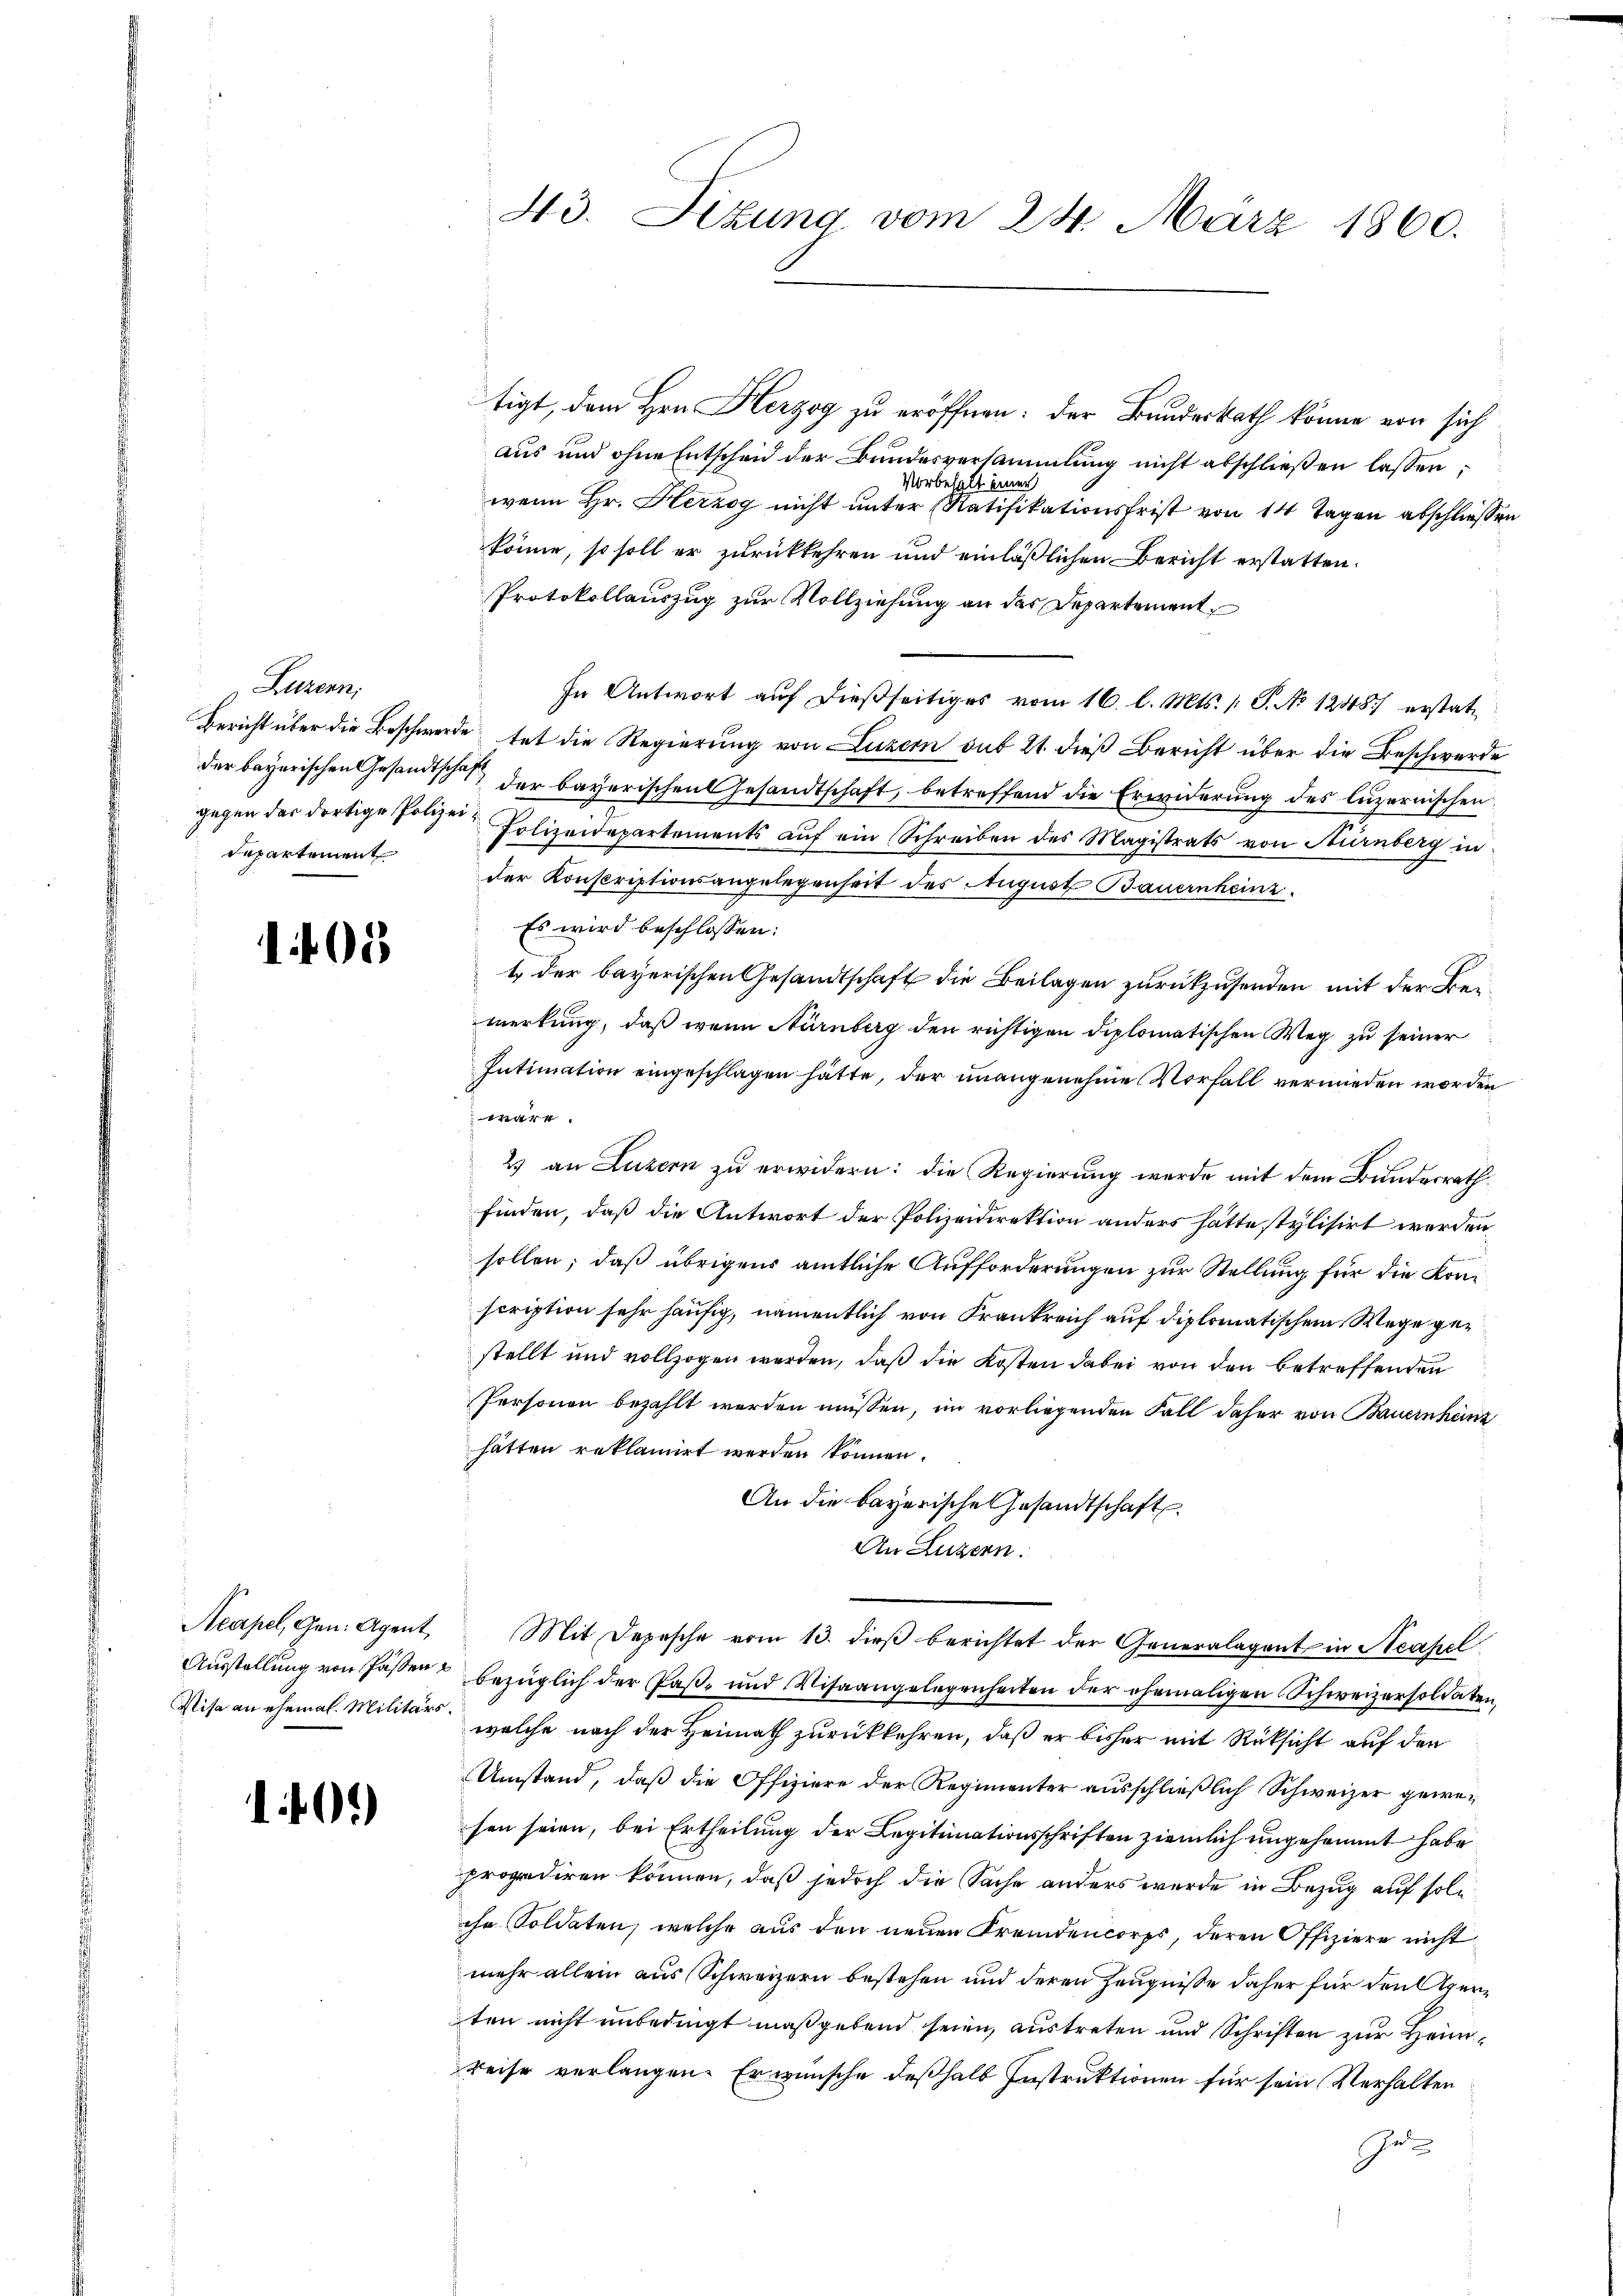
Luzern,
departement

1405

Acapel, Gen. Agent,
Ausstellung von Passen.
Visa an ehemal. Militärs

140.)

tigt, dem Hrn. Herzog zu eröffnen: der Bundesrath könne von sich
aus und ohne Entscheid der Bundesversammlung nicht abschließen lassen:
Vorbehalt einer
wenn Hr. Herzog nicht unter Ratifikationsfrist von 14 Tagen abschliessen
könne, so soll er zurückkehren und einläßlichen Bericht erstatten.
Protokollauszug zur Vollziehung an des Departement
In Antwort auf dießseitiges vom 16. l. Mts. 1 P. No 12487 erstat¬
Bericht über die Beschwerde tat die Regierung von Luzern gut 21. dieß Bericht über die Beschwerde
der bayerischen Gesandtschaft der bayerischen Gesandtschaft, betreffend die Erwiderung des luzernischen
gegen das dortige Jonen Polizeidepartements auf ein Schreiben des Magistrats von Nürnberg in
der Konscriptionsangelegenheit des August Bauernheinz
Es wird beschlossen:
1 der bayerischen Gesandtschaft die Beilagen zurückzusenden mit der Beimerkung, daß wenn Nürnberg den richtigen diplomatischen Weg zu seiner
Intimation eingeschlagen hätte, der unangenehme Vorfall vermieden worden
wäre.
2) an Luzern zu erwidern: die Regierung werde mit dem Bundesrath
finden, daß die Antwort der Polizeidirektion anders hätte stylisirt werden,
sollen; daß übrigens amtliche Aufforderungen zur Stellung für die Konscription sehr häufig, namentlich von Frankreich auf diplomatischem Wege gestellt und vollzogen werden, daß die Kosten dabei von den betreffenden
Personen bezahlt werden müssen, im vorliegenden Fall daher von Bauernhänz
hätten reklamirt werden können.
An die bayerische Gesandtschaft
An Luzern.
Mit Depesche vom 13. dieß berichtet der Generalagent in Neapel
bezüglich der Paß- und Visaangelegenheiten der ehemaligen Schweizersoldaten,
welche nach der Heimath zurückkehren, daß er bisher mit Rücksicht auf den
Umstand, daß die Offiziere der Regimenter ausschließlich Schweizer gewesen seien, bei Ertheilung der Legitimationsschriften ziemlich ungesammt habe
propediren können, daß jedoch die Sache anders wurde in Bezug auf solche Soldaten, welche aus den neuen Fremdencorps, deren Offiziere nicht
mehr allein aus Schweizern bestehen und deren Zeugnisse daher für den perten nicht unbedingt maßgebend seien, austreten und Schriften zur Heimreise verlangen. Er wünsche deßhalb Instruktionen für sein Verhalten
e

43. Sizung vom 24. März 1860.